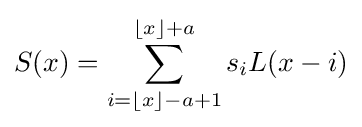
S(x)=\sum _{i=\lfloor x\rfloor -a+1}^{\lfloor x\rfloor +a}s_{i}L(x-i)